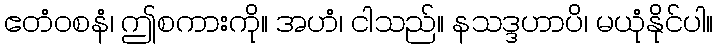
ဧတံဝစနံ၊ ဤစကားကို။ အဟံ၊ ငါသည်။ နသဒ္ဒဟာပိ၊ မယုံနိုင်ပါ။